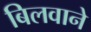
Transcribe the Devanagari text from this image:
बिलवाने